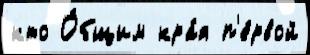
кто О́бщим кра́я п'е́рвой